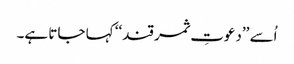
اُسے ’’دعوتِ ثمر قند‘‘ کہا جاتا ہے۔